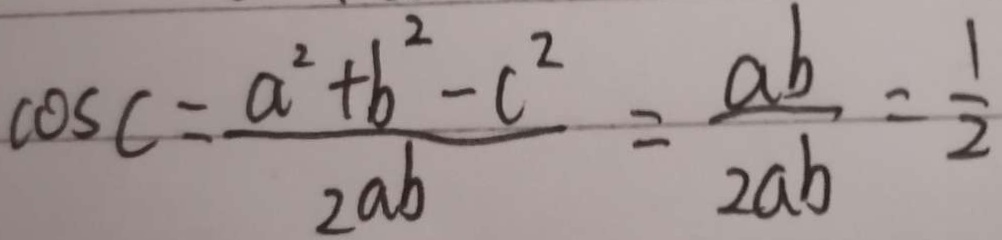
\cos c = \frac { a ^ { 2 } + b ^ { 2 } - c ^ { 2 } } { 2 a b } = \frac { a b } { 2 a b } = \frac { 1 } { 2 }